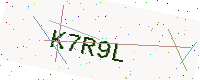
Text: K7R9L